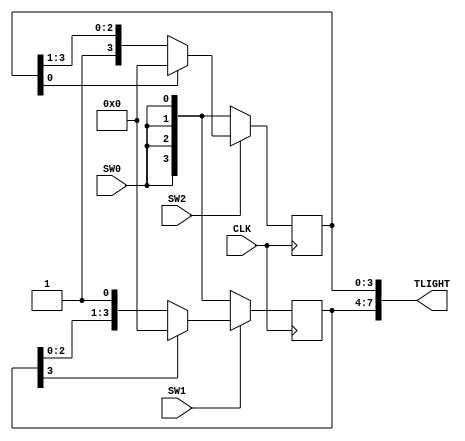
module tbird(CLK, SW0, SW1, SW2, TLIGHT);
input CLK, SW0, SW1, SW2;
output wire [7:0] TLIGHT;

reg [3:0] LEFT, RIGHT;

assign TLIGHT = {LEFT[3:0], RIGHT[3:0]};

always @(posedge CLK) 
begin
    if (SW1) LEFT <= (LEFT[3]) ? 4'b0000 : {LEFT[2:0], 1'b1};
    else LEFT <= {SW0, SW0, SW0, SW0};

    if (SW2) RIGHT <= (RIGHT[0]) ? 4'b0000 : {1'b1, RIGHT[3:1]};
    else RIGHT <= {SW0, SW0, SW0, SW0};
end

endmodule